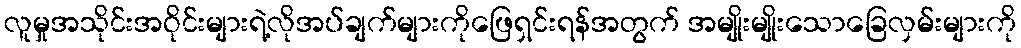
လူမှုအသိုင်းအဝိုင်းများရဲ့လိုအပ်ချက်များကိုဖြေရှင်းရန်အတွက် အမျိုးမျိုးသောခြေလှမ်းများကို